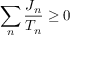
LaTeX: \sum _ { n } { \frac { J _ { n } } { T _ { n } } } \geq 0